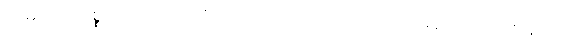
သမုဒယသစ္စာတည်း။ ဣတိ၊ ဤသို့။ ယထာဘူတံ၊ ဟုတ်မှန်တိုင်း။ ပဇာနာတိ၊